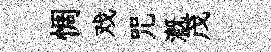
惆戏咒溉茂